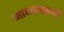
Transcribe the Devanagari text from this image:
माध्यमकर्मी